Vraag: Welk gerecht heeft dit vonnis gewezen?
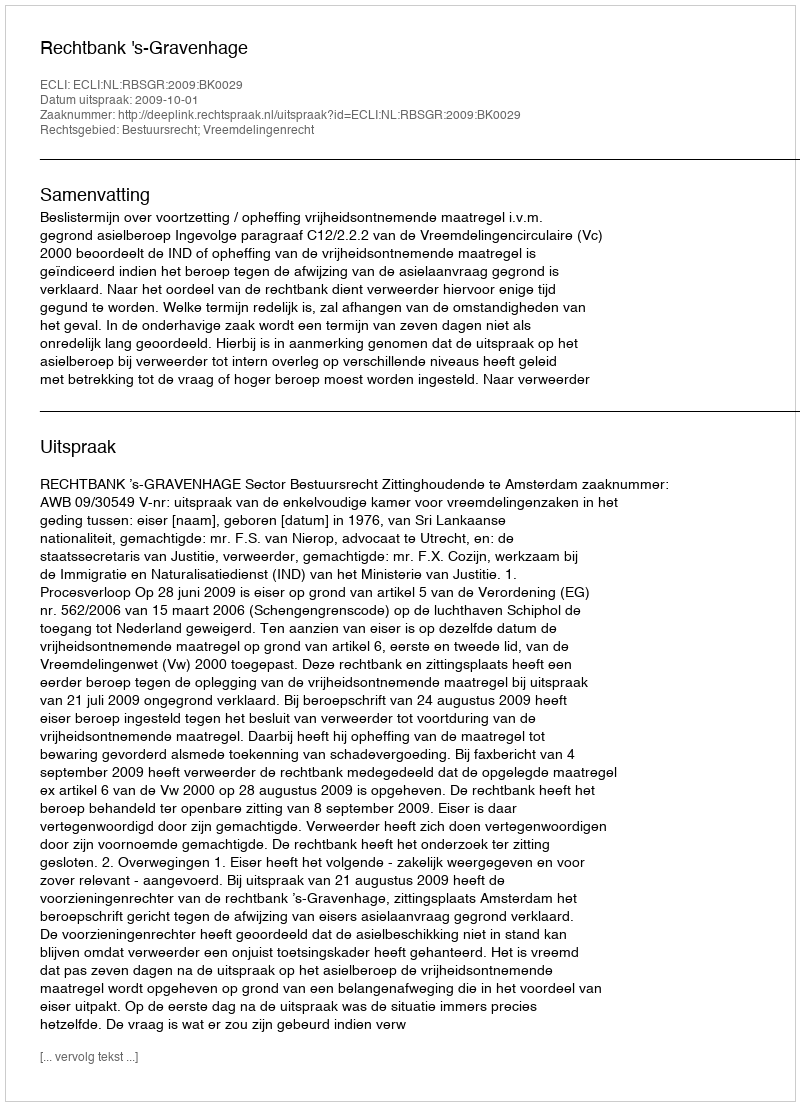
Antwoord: Rechtbank 's-Gravenhage